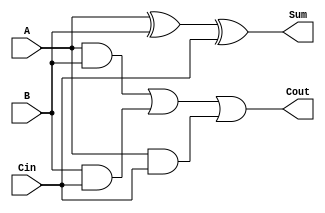
module full_adder (
    input wire A,      // One bit input A
    input wire B,      // One bit input B
    input wire Cin,    // One bit carry-in input
    output wire Sum,   // One bit output Sum
    output wire Cout   // One bit output carry-out
);

// Behavioral description of the full adder
assign Sum = A ^ B ^ Cin; // Sum is the XOR of A, B, and Cin
assign Cout = (A & B) | (B & Cin) | (A & Cin); // Cout is generated based on carry conditions

endmodule